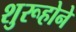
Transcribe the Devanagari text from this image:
शुरूहोने